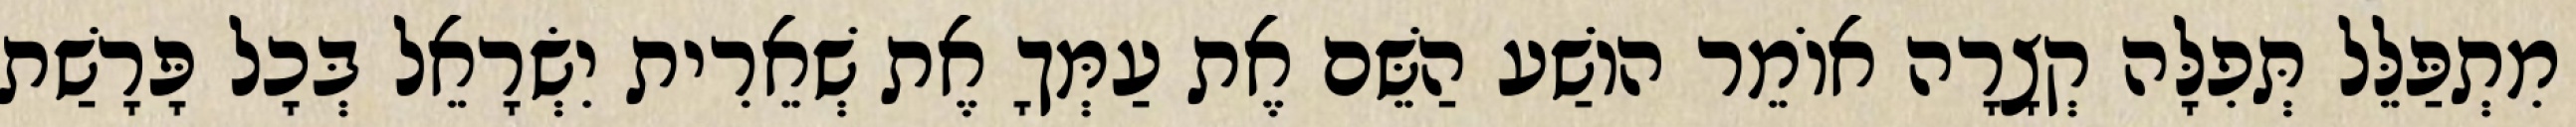
מִתְפַּלֵּל תְּפִלָּה קְצָרָה אוֹמֵר הוֹשַׁע הַשֵּׁם אֶת עַמְּךָ אֶת שְׁאֵרִית יִשְׂרָאֵל בְּכָל פָּרָשַׁת